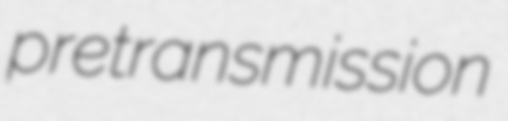
pretransmission